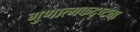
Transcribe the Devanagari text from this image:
गुणात्मकदृष्ट्या